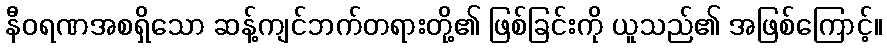
နီဝရဏအစရှိသော ဆန့်ကျင်ဘက်တရားတို့၏ ဖြစ်ခြင်းကို ယူသည်၏ အဖြစ်ကြောင့်။